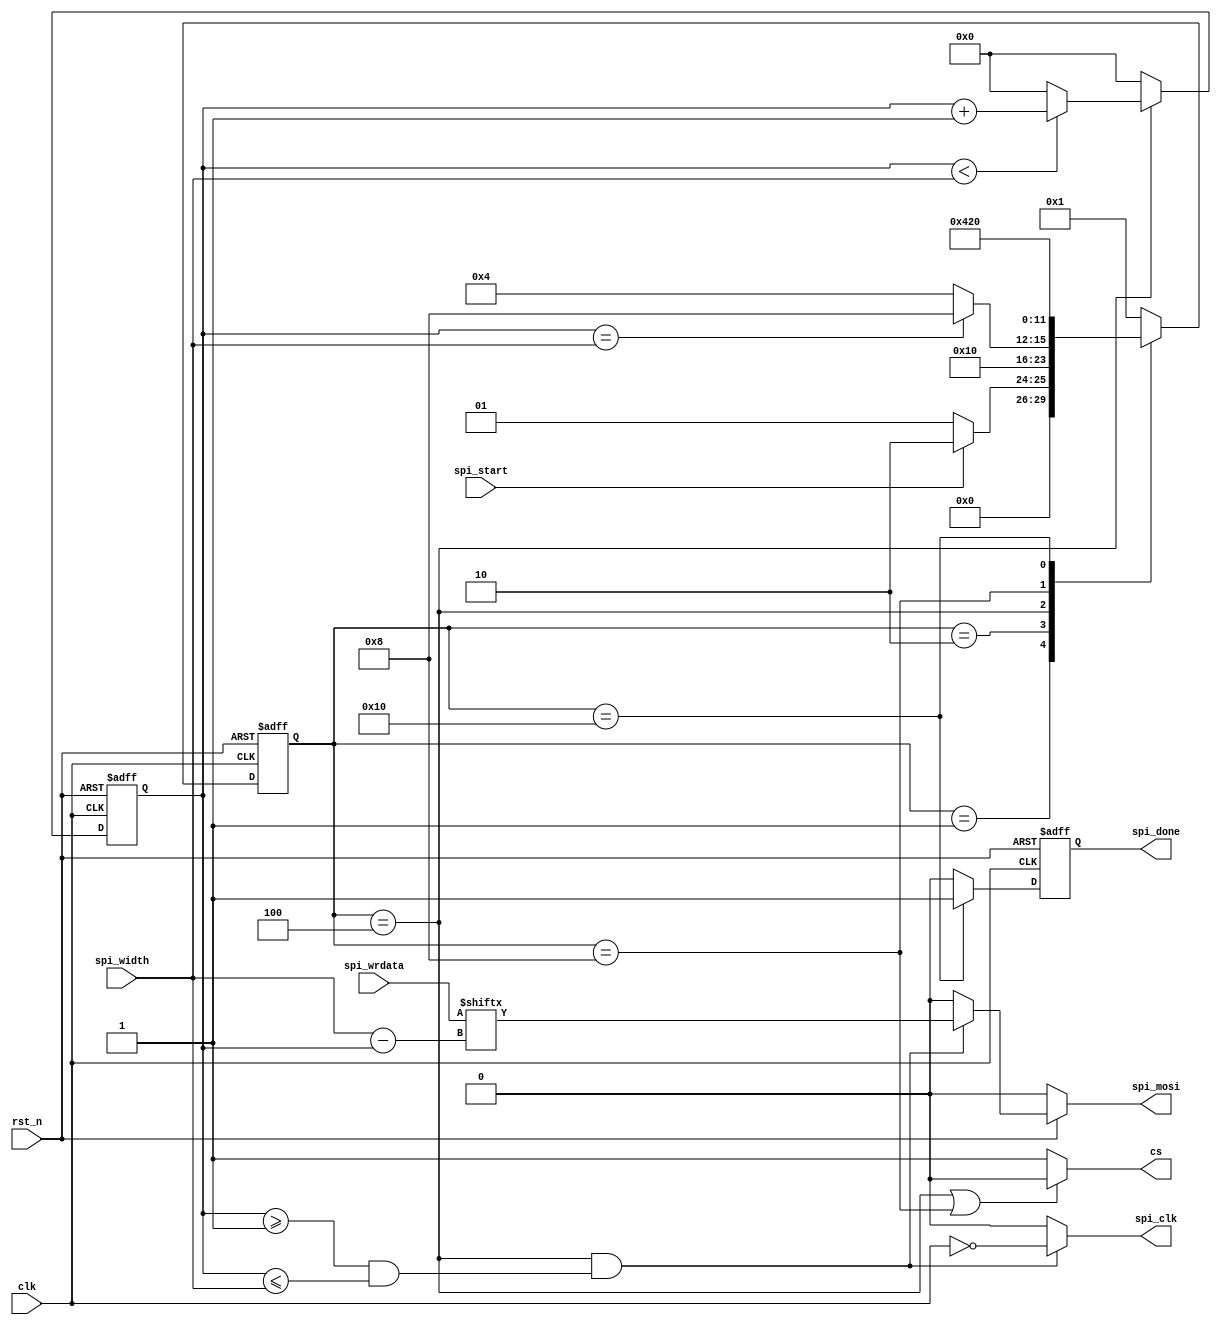
// This is a simple example.
// You can make a your own header file and set its path to settings.
// (Preferences > Package Settings > Verilog Gadget > Settings - User)
//
//		"header": "Packages/Verilog Gadget/template/verilog_header.v"
//
// -----------------------------------------------------------------------------
// Copyright (c) 2014-2023 All rights reserved
// -----------------------------------------------------------------------------
// Create : 2023-10-28 10:20:44
// Revise : 2023-10-28 10:25:05
// Editor : sublime text4, tab size (4)
// Descri : 
// -----------------------------------------------------------------------------
module SPI_X16 
(
	input clk,
	input rst_n,
	input spi_start,
	// input [1:0] spi_cmd,
	input [23:0] spi_wrdata,
	input [7:0] spi_width,

	output spi_clk,
	output cs,
	output reg spi_mosi,
	output reg spi_done
);

	wire clk_n;
	reg [5:0] state;
	reg [7:0] cnt;
	wire clk_en;

	//
	parameter IDLE = 6'b000_001;
	parameter S0 = 6'b000_010;
	parameter S1 = 6'b000_100;
	parameter S2 = 6'b001_000;
	parameter S3 = 6'b010_000;
	parameter S4 = 6'b100_000;

	assign clk_n = !clk;

	/*state transition logic*/
	always @(posedge clk or negedge rst_n) begin
		if(~rst_n) begin
			state <= IDLE;
		end else begin
			case(state)
				IDLE : state <= (spi_start) ? S0 : IDLE;
				S0 : state <= S1;
				S1 : state <= (cnt == spi_width) ? S2 : S1;
				S2 : state <= S3;
				S3 : state <= S4;
				S4 : state <= IDLE;
				default : state <= IDLE;
			endcase
		end
	end

	/*temp cnt*/
	always @(posedge clk or negedge rst_n) begin
		if(~rst_n) begin
			cnt <= 8'd0;
		end else begin
			case(state)
				S1 : cnt <= (cnt < spi_width) ? cnt + 8'd1 : 8'd0;
				default : cnt <= 8'd0;
			endcase
		end
	end

	assign clk_en = (state == S1) ? 1'd1 : 1'd0;

	assign cs = (state == S1 || state == S2) ? 1'd0 : 1'd1;

	assign spi_clk = (state == S1 && (cnt >= 8'd1 && cnt <= spi_width)) ? clk_n : 1'd0;

	always @(*) begin
		if(!rst_n) begin
			spi_mosi = 1'd0;
		end else begin
			spi_mosi = (state == S1 && (cnt >= 8'd1 && cnt <= spi_width)) ? spi_wrdata[spi_width - cnt] : 1'd0;
		end
	end


	always @(posedge clk or negedge rst_n) begin
		if(!rst_n) begin
			spi_done = 1'd1;
		end else begin
			spi_done = (state == S3) ? 1'd1 : 1'd0; 
		end
	end

endmodule